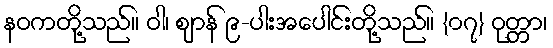
နဝကတို့သည်။ ဝါ၊ ဈာန် ၉-ပါးအပေါင်းတို့သည်။ {၀၇} ဝုတ္တာ၊